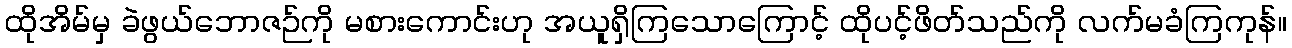
ထိုအိမ်မှ ခဲဖွယ်ဘောဇဉ်ကို မစားကောင်းဟု အယူရှိကြသောကြောင့် ထိုပင့်ဖိတ်သည်ကို လက်မခံကြကုန်။